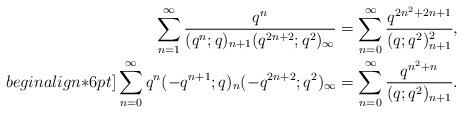
LaTeX: \begin{align*}\sum_{n=1}^{\infty} \frac{q^n}{(q^{n};q)_{n+1} (q^{2n+2};q^2)_{\infty}}&=\sum_{n=0}^{\infty} \frac{q^{2n^2+2n+1}}{(q;q^2)^2_{n+1}}, \\begin{align*}6pt]\sum_{n=0}^{\infty} q^n (-q^{n+1};q)_n (-q^{2n+2};q^2)_{\infty}&=\sum_{n=0}^{\infty} \frac{q^{n^2+n}}{(q;q^2)_{n+1}}. \end{align*}